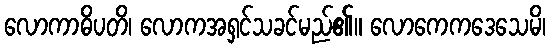
လောကာဓိပတိ၊ လောကအရှင်သခင်မည်၏။ လောကေကဒေသေမိ၊